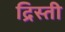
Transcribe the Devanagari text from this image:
द्रिस्ती